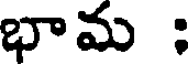
భామ :